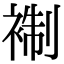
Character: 𧚳